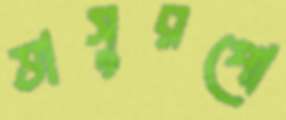
ভাসুরপো